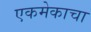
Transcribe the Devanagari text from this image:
एकमेकाचा